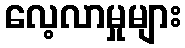
လေ့လာမှုများ